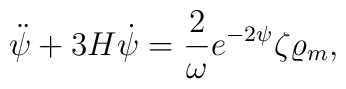
\ddot{\psi}+3H\dot{\psi}={2\over\omega}e^{-2\psi}\zeta\varrho_m,